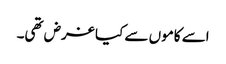
اسے کاموں سے کیا غرض تھی۔